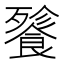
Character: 餮